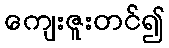
ကျေးဇူးတင်၍